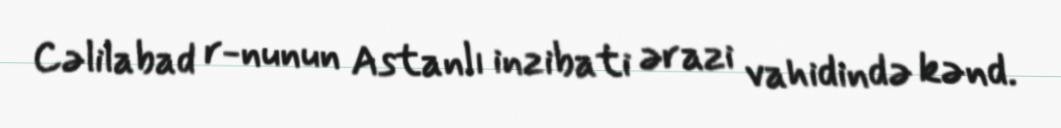
Cəlilabad r-nunun Astanlı inzibati ərazi vahidində kənd.